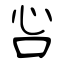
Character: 吢